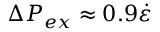
\Delta P _ { e x } \approx 0 . 9 \dot { \varepsilon }